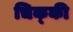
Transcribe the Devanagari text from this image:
चिक्‍की